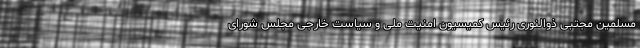
مسلمین مجتبی ذوالنوری رئیس کمیسیون امنیت ملی و سیاست خارجی مجلس شورای